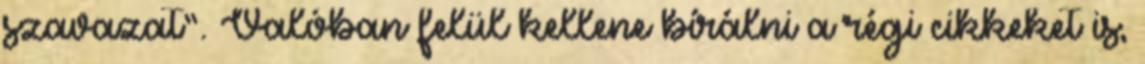
szavazat”. Valóban felül kellene bírálni a régi cikkeket is,